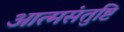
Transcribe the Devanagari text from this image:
आत्मसंतुष्टि